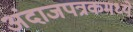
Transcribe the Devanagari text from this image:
अंदाजपत्रकमध्ये